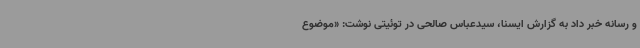
و رسانه خبر داد به گزارش ایسنا، سیدعباس صالحی در توئیتی نوشت: «موضوع